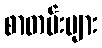
စာတမ်းများ